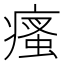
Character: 瘙